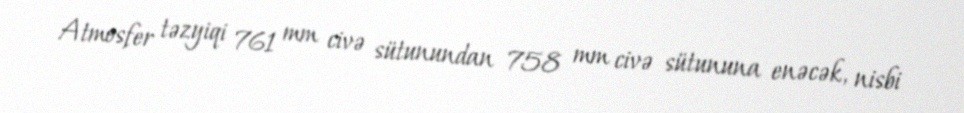
Atmosfer təzyiqi 761 mm civə sütunundan 758 mm civə sütununa enəcək, nisbi